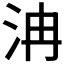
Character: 𣲹